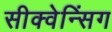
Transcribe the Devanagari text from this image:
सीक्वेन्सिंग